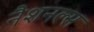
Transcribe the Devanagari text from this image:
नैशनल्स